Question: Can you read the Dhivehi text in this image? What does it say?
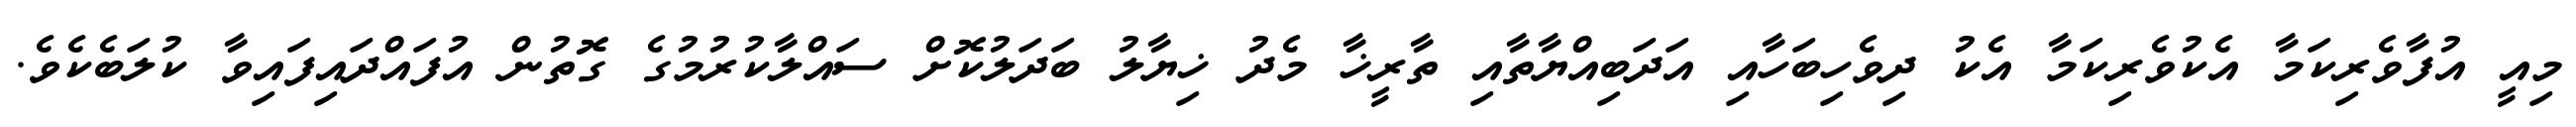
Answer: މިއީ އުފާވެރިކަމާ އެކުވެރިކަމާ އެކު ދިވެހިބަހާއި އަދަބިއްޔާތާއި ތާރީޚާ މެދު ޚިޔާލު ބަދަލުކޮށް ސައްލާކުރުމުގެ ގޮތުން އުފައްދައިފައިވާ ކުލަބެކެވެ.